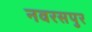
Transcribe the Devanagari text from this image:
नवरसपुर